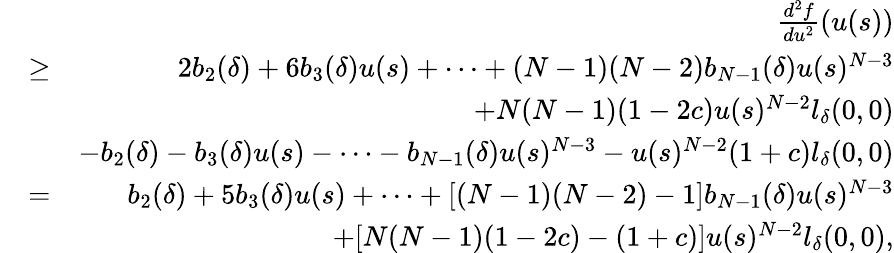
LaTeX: \begin{array}{rlr}&{}&{\frac{d^{2}f}{du^{2}}(u(s))}\\ &{\geq}&{2b_{2}(\delta)+6b_{3}(\delta)u(s)+\cdots+(N-1)(N-2)b_{N-1}(\delta)u(s)^{N-3}}\\ &{}&{+N(N-1)(1-2c)u(s)^{N-2}l_{\delta}(0,0)}\\ &{}&{-b_{2}(\delta)-b_{3}(\delta)u(s)-\cdots-b_{N-1}(\delta)u(s)^{N-3}-u(s)^{N-2}(1+c)l_{\delta}(0,0)}\\ &{=}&{b_{2}(\delta)+5b_{3}(\delta)u(s)+\cdots+[(N-1)(N-2)-1]b_{N-1}(\delta)u(s)^{N-3}}\\ &{}&{+[N(N-1)(1-2c)-(1+c)]u(s)^{N-2}l_{\delta}(0,0),}\end{array}